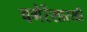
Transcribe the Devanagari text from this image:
वगैरेंसारखी